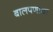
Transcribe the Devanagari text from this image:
बालपणाचा